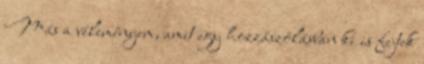
Más a véleményem, amit egy hozzászólásban ki is fejtek